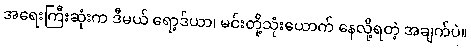
အရေးကြီးဆုံးက ဒီမယ် ရော့ဒ်ယာ၊ မင်းတို့သုံးယောက် နေလို့ရတဲ့ အချက်ပဲ။